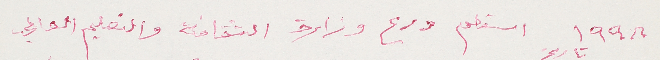
١٩٩٨ استلم درع وزارة الثقافة والتعليم العالي